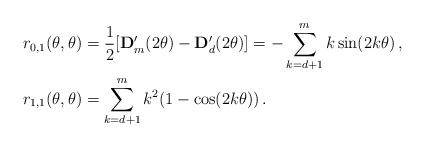
LaTeX: \begin{align*} r_{0,1} (\theta,\theta) & = \frac12[\mathbf D'_{ m}(2\theta)-\mathbf D'_{ d}(2\theta)]=-\sum_{k= d+1}^{ m}k\sin(2k\theta)\,,\\ r_{1,1} (\theta,\theta) & =\sum_{k= d+1}^{ m}k^{2}(1-\cos(2k\theta))\,. \end{align*}